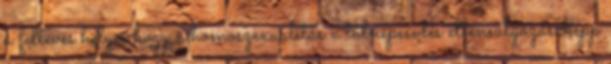
a feltevés helyes hogy a homoszexualitás a túlnépesedés ellensúlyozásaképp